Indian journal of veterinary science and animal husbandry - Volume 14,
Year: 1944
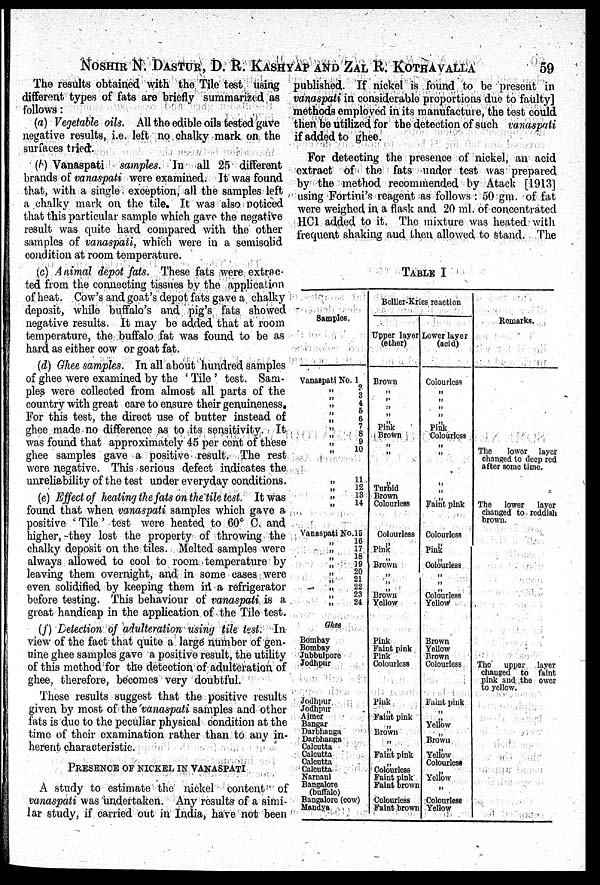
NOSHIR N. DASTUR, D. R. KASHYAP AND ZAL R. KOTHAVALLA 59
The results obtained with the Tile test using
different types of fats are briefly summarized as
follows:
(a) Vegetable oils. All the edible oils tested gave
negative results, i.e. left no chalky mark on the
surfaces tried.
(b) Vanaspati samples. In all 25 different
brands of vanaspati were examined. It was found
that, with a single exception, all the samples left
a chalky mark on the tile. It was also noticed
that this particular sample which gave the negative
result was quite hard compared with the other
samples of vanaspati, which were in a semisolid
condition at room temperature.
(c) Animal depot fats. These fats were extrac-
ted from the connecting tissues by the application
of heat. Cow's and goat's depot fats gave a chalky
deposit, while buffalo's and pig's fats showed
negative results. It may be added that at room
temperature, the buffalo fat was found to be as
hard as either cow or goat fat.
(d) Ghee samples. In all about hundred samples
of ghee were examined by the ' Tile ' test. Sam-
ples were collected from almost all parts of the
country with great care to ensure their genuineness.
For this test, the direct use of butter instead of
ghee made no difference as to its sensitivity. It
was found that approximately 45 per cent of these
ghee samples gave a positive result. The rest
were negative. This serious defect indicates the
unreliability of the test under everyday conditions.
(e) Effect of heating the fats on the tile test. It was
found that when vanaspati samples which gave a
positive ' Tile ' test were heated to 60° C. and
higher, they lost the property of throwing the
chalky deposit on the tiles. Melted samples were
always allowed to cool to room temperature by
leaving them overnight, and in some cases were
even solidified by keeping them in a refrigerator
before testing. This behaviour of vanaspati is a
great handicap in the application of the Tile test.
(f) Detection of adulteration using tile test. In
view of the fact that quite a large number of gen-
uine ghee samples gave a positive result, the utility
of this method for the detection of adulteration of
ghee, therefore, becomes very doubtful.
These results suggest that the positive results
given by most of the vanaspati samples and other
fats is due to the peculiar physical condition at the
time of their examination rather than to any in-
herent characteristic.
PRESENCE OF NICKEL IN VANASPATI
A study to estimate the nickel content of
vanaspati was undertaken. Any results of a simi-
lar study, if carried out in India, have not been
published. If nickel is found to be present in
vanaspati in considerable proportions due to faulty]
methods employed in its manufacture, the test could
then be utilized for the detection of such vanaspati
if added to ghee.
For detecting the presence of nickel, an acid
extract of the fats under test was prepared
by the method recommended by Atack [1913]
using Fortini's reagent as follows : 50 gm. of fat
were weighed in a flask and 20 ml. of concentrated
HCl added to it. The mixture was heated with
frequent shaking and then allowed to stand. The
TABLE I
Samples.
Vanaspati No.1
„ 2
„ 3
„
4
„ „
5
„ 6
„
7
„
8
„ 9
„
10
„ 11
„
12
„
13
„
14
Vanaspati No.15
„ 16
„ 17
„
18
„
19
„
20
„
21
„
22
„
23
„
24
Ghee
Bombay
Bombay
Jubbulpore
Jodhpur
Jodhpur
Jodhpur
Ajmer
Bangar
Darbhanga
Darbhanga
Calcutta
Calcutta
Calcutta
Calcutta
Narnaul
Bangalore
(buffalo)
Bangalore (cow)
Mandya
Bellier-Kries reaction
Upper layer
(other)
Brown
„ „
„
„ „
„ Pink
Brown
„ „
„
Turbid
Brown
Colourless
Colourless
„ Pink
„
Brown
„
„ „
Brown
Yellow
Pink
Faint pink
Pink
Colourless
Pink
„
Faint pink
„ Brown
„ „
Faint pink
„ Colourless
Faint pink
Faint brown
Colourless
Faint brown
Lower layer
(acid)
Colourless
„ „
„ „
„
„ Pink
Colourless
„ „
„
„
„ Faint pink
Colourless
„ Pink
„ Colourless
„
„
„ Colourless
Yellow
Brown
Yellow
Brown
Colourless
Faint pink
„ „
Yellow
„ Brown
„ Yellow
Colourless
„ Yellow
„
Colourless
Yellow
Remarks.
The
lower
layer
changed to deep red
after some time.
The
lower
layer
changed to reddish
brown.
The
upper
layer
changed to faint
pink and the ower
to yellow.